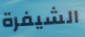
الشيفرة